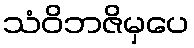
သံဝိဘဇိမှပေ